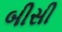
બીસી